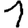
Digit: 1